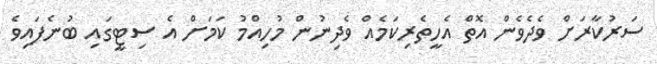
ސަރުކާރަށް ވެދެވެން އޮތް އެހީތެރިކަމެއް ވެދިނުން މުހިއްމު ކަމަށް އެ ސިޓީގައި ބުނެފައިވެ